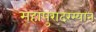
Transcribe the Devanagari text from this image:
महापुरादरम्यान